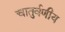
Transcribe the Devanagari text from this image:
चातुर्वणीय